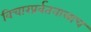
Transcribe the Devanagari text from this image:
विचारप्रर्वतनालाच